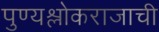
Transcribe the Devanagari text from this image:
पुण्यश्लोकराजाची